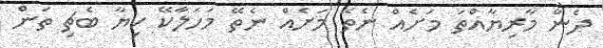
ދެން މާރިޔާއްތަ މަށެއް ނެތޭ މަށެއް ނެތޭ މަހަލާކޭ ކިޔާ ބެޗި ތަން